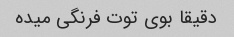
دقیقا بوی توت فرنگی میده